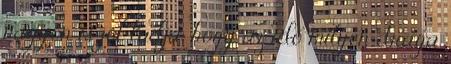
nagyon is jól tudja, hogy az idő milyen drága